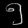
Digit: ၅